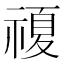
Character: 𱵡